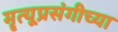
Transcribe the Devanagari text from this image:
मॄत्यूप्रसंगीच्या